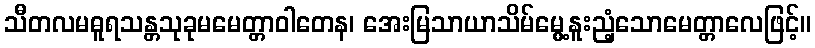
သီတလမဓူရသန္တသုခုမမေတ္တာဝါတေန၊ အေးမြသာယာသိမ်မွေ့နူးညံ့သောမေတ္တာလေဖြင့်။